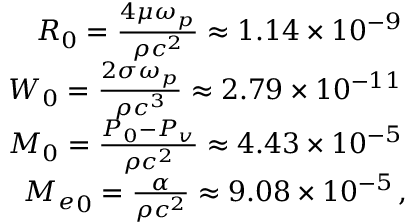
\begin{array} { r } { { \cal R } _ { 0 } = \frac { 4 \mu \omega _ { p } } { \rho c ^ { 2 } } \approx 1 . 1 4 \times 1 0 ^ { - 9 } \, } \\ { { \cal W } _ { 0 } = \frac { 2 \sigma \omega _ { p } } { \rho c ^ { 3 } } \approx 2 . 7 9 \times 1 0 ^ { - 1 1 } \, } \\ { { \cal M } _ { 0 } = \frac { P _ { 0 } - P _ { v } } { \rho c ^ { 2 } } \approx 4 . 4 3 \times 1 0 ^ { - 5 } \, } \\ { { { \cal M } _ { e } } _ { 0 } = \frac { \alpha } { \rho c ^ { 2 } } \approx 9 . 0 8 \times 1 0 ^ { - 5 } \, , } \end{array}